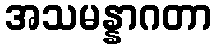
အသမန္နာဂတာ